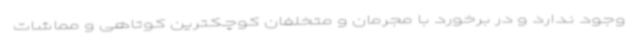
وجود ندارد و در برخورد با مجرمان و متخلفان کوچکترین کوتاهی و مماشات